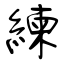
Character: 練